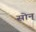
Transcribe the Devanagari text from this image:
सोन्